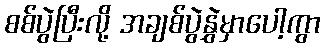
စစ်ပွဲပြီးလို့ အချစ်ပွဲနွှဲမှာပေါ့ကွာ